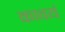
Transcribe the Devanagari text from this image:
कावयं